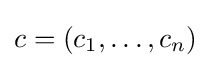
c=(c_{1},\ldots ,c_{n})